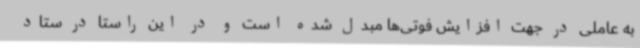
به عاملی در جهت افزایش فوتی‌ها مبدل شده است و در این راستا در ستاد